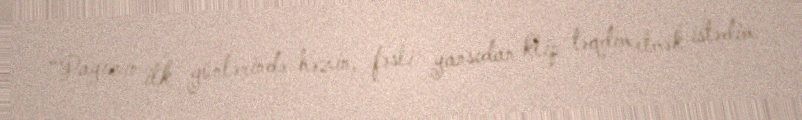
“Payızın ilk günlərində həzin, fəsli yansıdan klip təqdim etmək istədim.